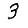
Digit: 3